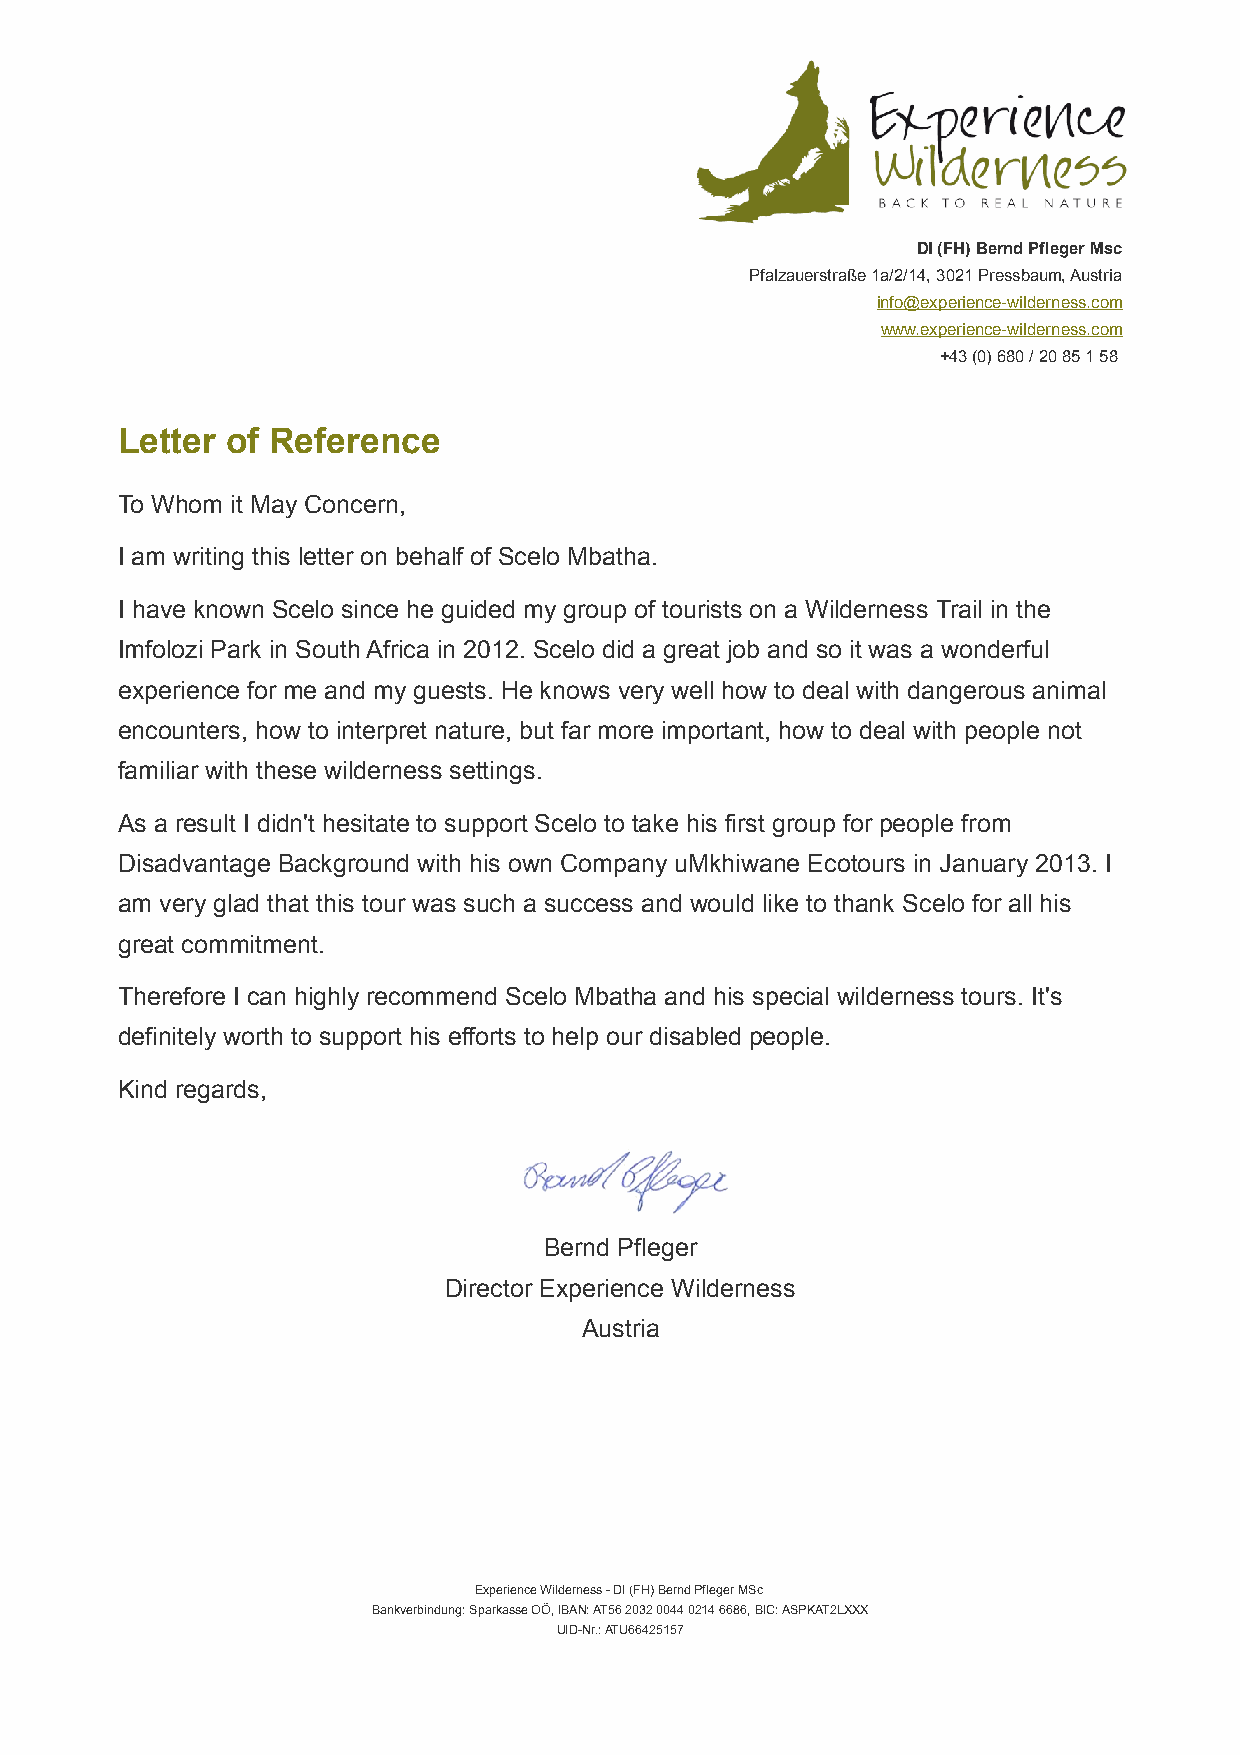
DI (FH) Bernd Pfleger Msc
 Pfalzauerstraße 1a/2/14, 3021 Pressbaum, Austria
 info@experience-wilderness.com
 www.experience-wilderness.com
 +43 (0) 680 / 20 85 1 58
 Letter of Reference
 To Whom it May Concern,
 I am writing this letter on behalf of Scelo Mbatha.
 I have known Scelo since he guided my group of tourists on a Wilderness Trail in the
 Imfolozi Park in South Africa in 2012. Scelo did a great job and so it was a wonderful
 experience for me and my guests. He knows very well how to deal with dangerous animal
 encounters, how to interpret nature, but far more important, how to deal with people not
 familiar with these wilderness settings.
 As a result I didn't hesitate to support Scelo to take his first group for people from
 Disadvantage Background with his own Company uMkhiwane Ecotours in January 2013. I
 am very glad that this tour was such a success and would like to thank Scelo for all his
 great commitment.
 Therefore I can highly recommend Scelo Mbatha and his special wilderness tours. It's
 definitely worth to support his efforts to help our disabled people.
 Kind regards,
 Bernd Pfleger
 Director Experience Wilderness
 Austria
 Experience Wilderness - DI (FH) Bernd Pfleger MSc
 Bankverbindung: Sparkasse OÖ, IBAN: AT56 2032 0044 0214 6686, BIC: ASPKAT2LXXX
 UID-Nr.: ATU66425157